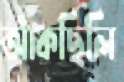
আঁকছিলি